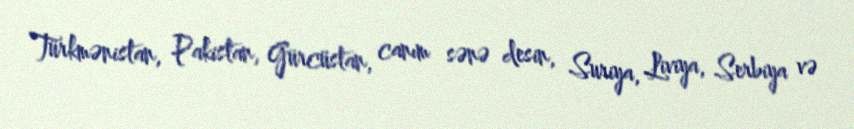
Türkmənistan, Pakistan, Gürcüstan, canım sənə desin, Suriya, Liviya, Serbiya və